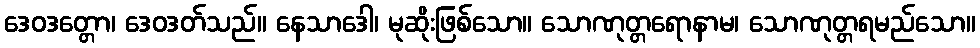
ဒေဝဒတ္တော၊ ဒေဝဒတ်သည်။ နေသာဒေါ၊ မုဆိုးဖြစ်သော။ သောဏုတ္တရောနာမ၊ သောဏုတ္တရမည်သော။